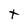
Character: t